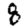
Digit: 8